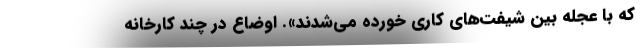
که با عجله بین شیفت‌های کاری خورده می‌شدند». اوضاع در چند کارخانه